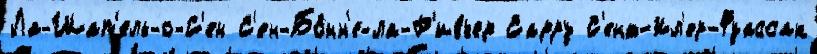
Ла-Шап'ель-о-С'ен С'ен-Бо́нн'е-ла-Р'ивьер Сарру С'ент-Ил'ер-Фуассак